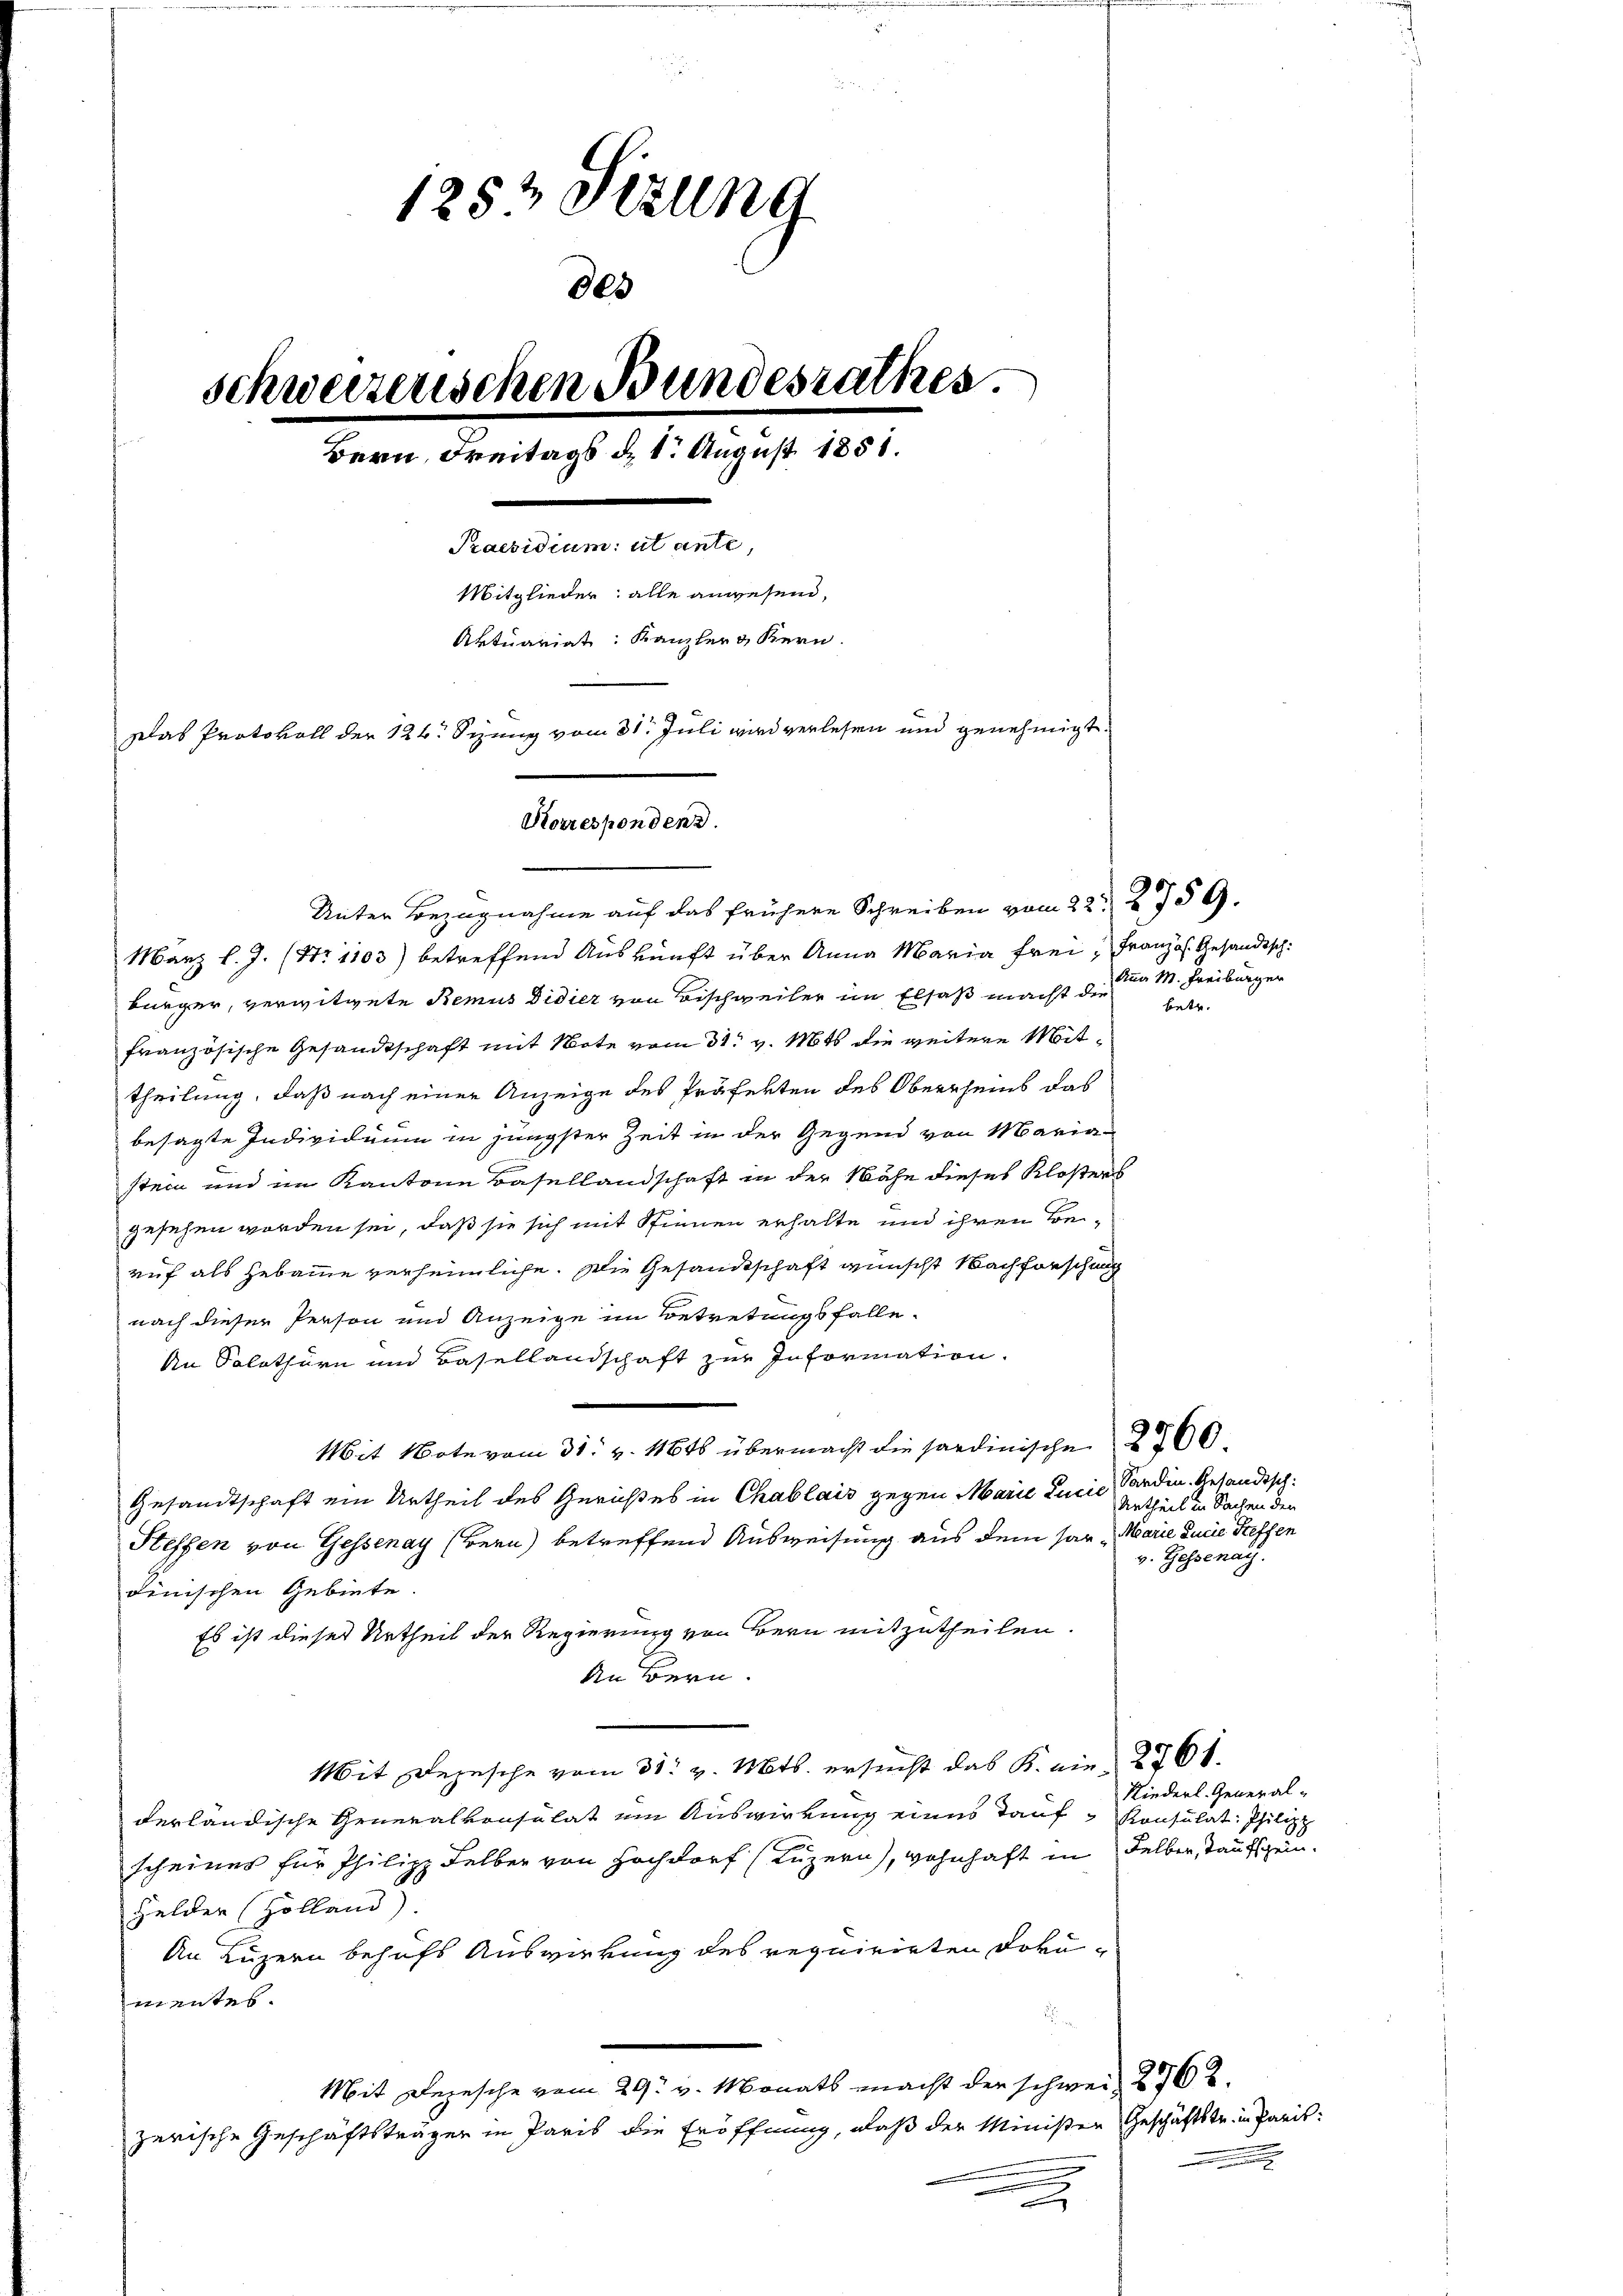
1252 Sizung
schweizerischen Bundesrathes.
Bern, Freitags d. 1. August 1858.
Praesidium ut ante,
Mitglieder: alle anwesend,
Aktuariat: Kanzler & Kern
Das Protokoll der 126. Sizung vom 31. Juli wird verlesen und genehmigt
Korrespondend.

905

Unter Bezugnahme auf das frühere Schreiben vom 22t 2759.
März l. J. (Nr. 1103) betreffend Auskunft über Anna Maria frei Französ. Gesandtsch
bürger, verwitwete Remus Didier von Bischweiler im Elsaß macht die
französische Gesandtschaft mit Note vom 31. v. 161 die weitere Mittheilung, daß nach einer Anzeige des Präfekten des Oberrheins das
besagte Individuum in jüngster Zeit in der Gegend von Mariastein und im Kantone Basellandschaft in der Nähe dieses Klosters
gesehen worden sei, daß sie sich mit Stinnen erhalte und ihren Beruf als Hebamme verheimliche. Die Gesandtschaft wünscht Nachforschung
nach dieser Person und Anzeige im Betretungsfalle
An Solothurn und Basellandschaft zur Information.
Mit Note vom 31. v. 1848 übermacht die sardinische 2700.
Gesandtschaft ein Urtheil des Gerichtes in Chablais gegen Marie Lucie
Steffen von Gessenay (Bern) betreffend Ausweisung aus dem har Marie ducie Treffen
dinischen Gebiete.
Es ist dieses Urtheil der Regierung von Bern mitzutheilen.
An Bern.
Mit Depesche vom 31. v. Mts. ersucht das K. wie 2761.
derländische Generalvonsulat um Auswirkung eines Tauf Konsulat: Philipp
scheiner für Philipp Felber von Hochdorf (Luzern), wohnhaft in Felben, Taufschein.
Helder (Zolland).
An Luzern behufs Auswirkung des requirirten Doku-
etentes
Mit Depesche vom 29. v. Monats macht der schweiz. 2762.
zerische Geschäftsträger in Paris die Eröffnung, daß der Minister Geschäftstr. in Paris
e

Anna M. Freiburger

Sarden. Gesandtsch
Urtheil in Sachen den
v. Gessenay.

Riederl. General-

betr.